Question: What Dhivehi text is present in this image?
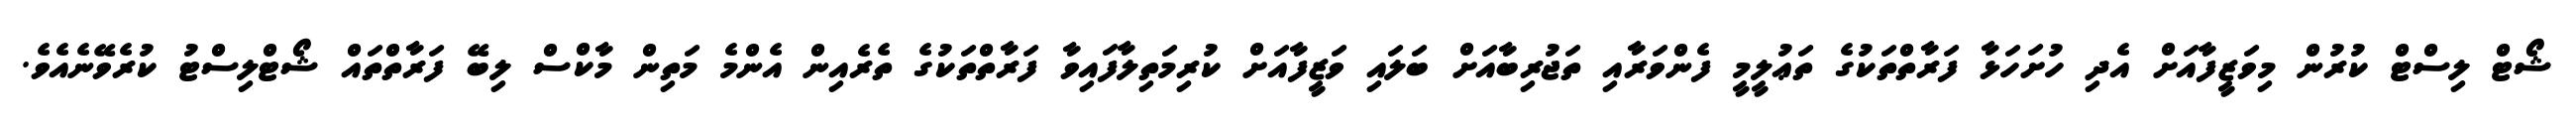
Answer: ޝޯޓް ލިސްޓް ކުރުން މިވަޒީފާއަށް އެދި ހުށަހަޅާ ފަރާތްތަކުގެ ތަޢުލީމީ ފެންވަރާއި ތަޖުރިބާއަށް ބަލައި ވަޒީފާއަށް ކުރިމަތިލާފައިވާ ފަރާތްތަކުގެ ތެރެއިން އެންމެ މަތިން މާކްސް ލިބޭ ފަރާތްތައް ޝޯޓްލިސްޓު ކުރެވޭނެއެވެ.